Reports on dispensaries and lunatic asylums in the Province of Oudh - 1869-1876
Year: 1869
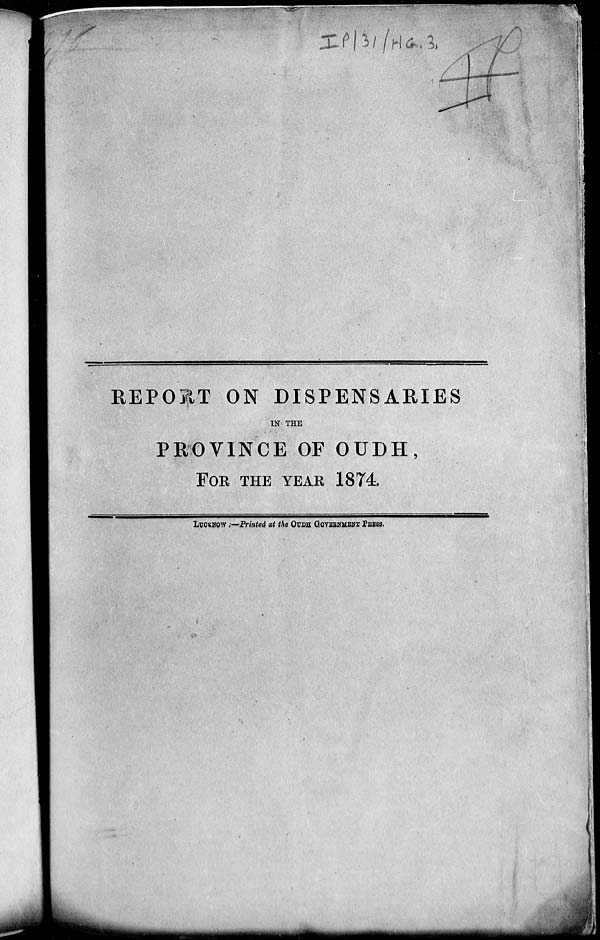
REPORT ON DISPENSARIES
IN THE
PROVINCE OF OUDH,
FOR THE YEAR 1874
LUCKNOW :—Printed at the OUDH GOVERNMENT PRESS.